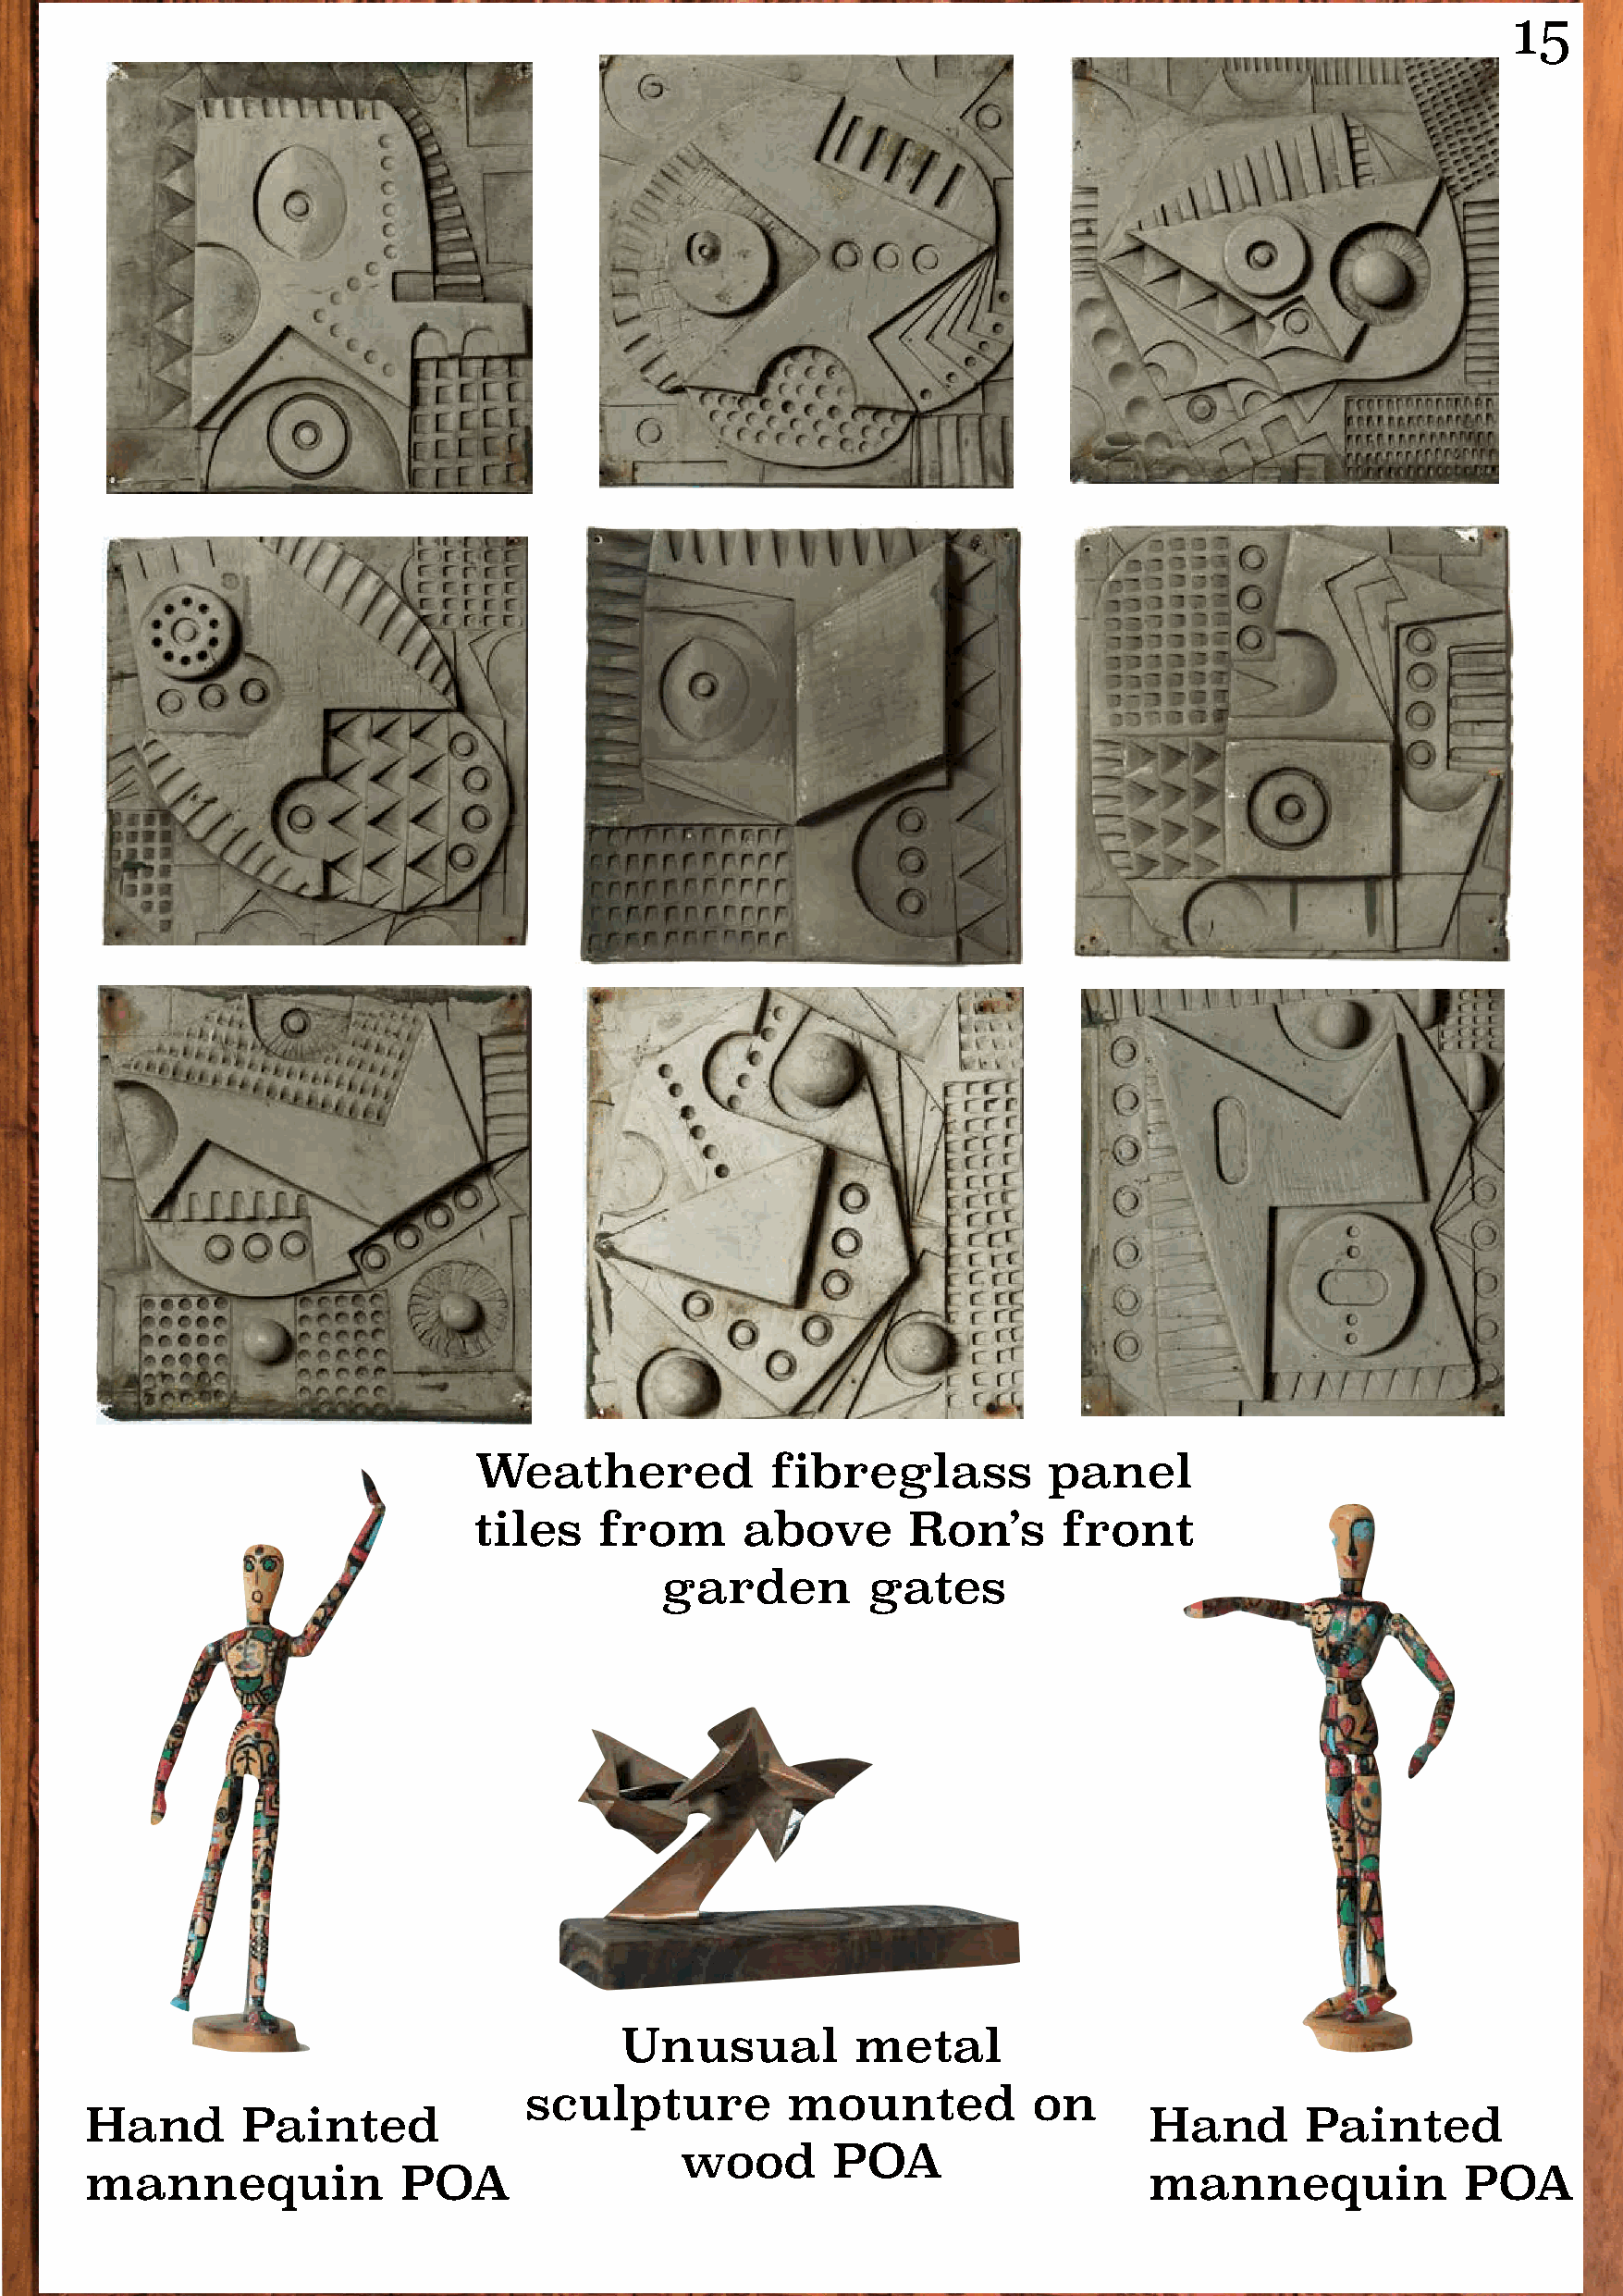
15
 Weathered            fibreglass          panel
 tiles    from      above       Ron’s      front
 garden         gates
 Unusual          metal
 sculpture         mounted           on
 Hand       Painted                                                          Hand       Painted
 wood       POA
 mannequin              POA                                                  mannequin              POA